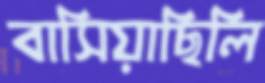
বাসিয়াছিলি